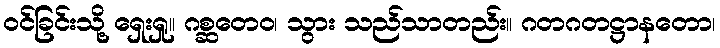
ဝင်ခြင်းသို့ ရှေးရှု။ ဂစ္ဆတေဝ၊ သွား သည်သာတည်း။ ဂတဂတဋ္ဌာနတော၊